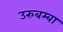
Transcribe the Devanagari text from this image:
उरुबम्बा